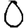
Digit: 0